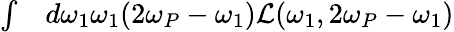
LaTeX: \begin{array}{rl}{\int}&{{}d\omega_{1}\omega_{1}(2\omega_{P}-\omega_{1})\mathcal{L}(\omega_{1},2\omega_{P}-\omega_{1})}\end{array}